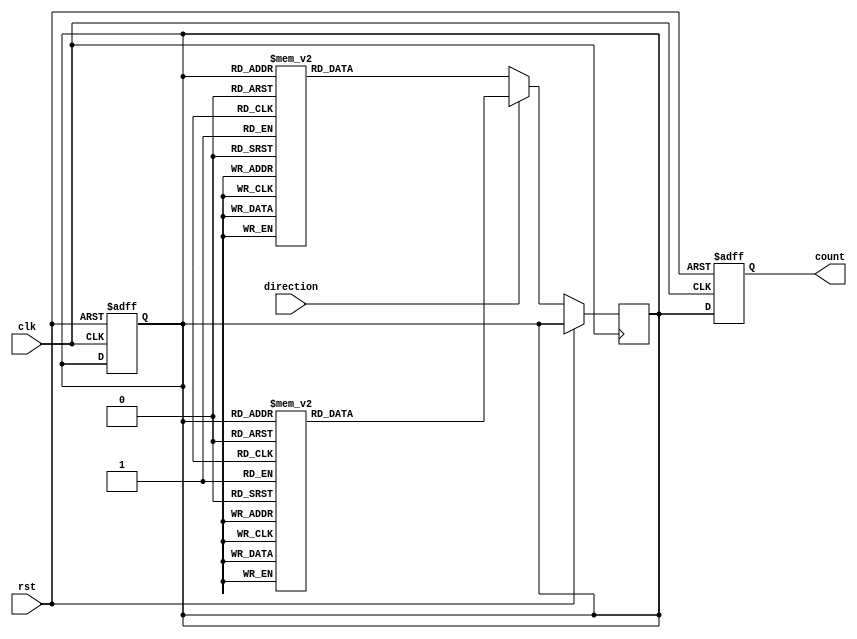
module johnson_gray_counter (
    input wire clk,
    input wire rst,
    input wire direction,
    output reg [3:0] count
);

reg [3:0] gray_code;
reg [3:0] next_gray_code;

always @ (posedge clk or posedge rst) begin
    if (rst) begin
        gray_code <= 4'b0000;
    end else begin
        if (direction) begin
            case (gray_code)
                4'b0000: next_gray_code <= 4'b0001;
                4'b0001: next_gray_code <= 4'b0011;
                4'b0011: next_gray_code <= 4'b0010;
                4'b0010: next_gray_code <= 4'b0110;
                4'b0110: next_gray_code <= 4'b0100;
                4'b0100: next_gray_code <= 4'b1100;
                4'b1100: next_gray_code <= 4'b1000;
                4'b1000: next_gray_code <= 4'b0000;
                default: next_gray_code <= 4'b0000;
            endcase
        end else begin
            case (gray_code)
                4'b0000: next_gray_code <= 4'b1000;
                4'b1000: next_gray_code <= 4'b1100;
                4'b1100: next_gray_code <= 4'b0100;
                4'b0100: next_gray_code <= 4'b0110;
                4'b0110: next_gray_code <= 4'b0010;
                4'b0010: next_gray_code <= 4'b0011;
                4'b0011: next_gray_code <= 4'b0001;
                4'b0001: next_gray_code <= 4'b0000;
                default: next_gray_code <= 4'b0000;
            endcase
        end
    end
end

always @ (posedge clk or posedge rst) begin
    if (rst) begin
        count <= 4'b0000;
    end else begin
        count <= gray_code;
    end
end

assign gray_code = next_gray_code;

endmodule